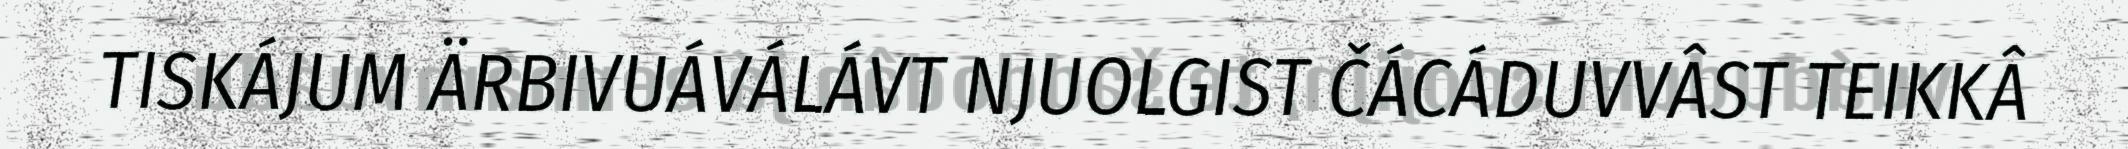
TISKÁJUM ÄRBIVUÁVÁLÁVT NJUOLGIST ČÁCÁDUVVÂST TEIKKÂ